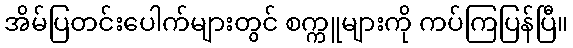
အိမ်ပြတင်းပေါက်များတွင် စက္ကူများကို ကပ်ကြပြန်ပြီ။